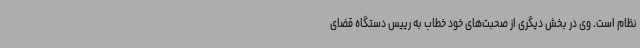
نظام است. وی در بخش دیگری از صحبت‌های خود خطاب به رییس دستگاه قضای